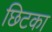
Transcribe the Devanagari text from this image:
छिटका